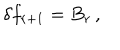
\delta f _ { r + 1 } = B _ { r } \, ,